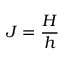
J = \frac { H } { h }